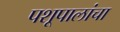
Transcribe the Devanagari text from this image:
पशूपालांचा